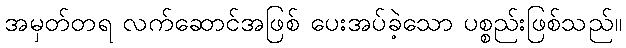
အမှတ်တရ လက်ဆောင်အဖြစ် ပေးအပ်ခဲ့သော ပစ္စည်းဖြစ်သည်။